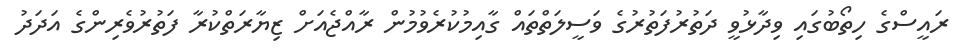
ރައީސްގެ ހިތޯބުގައި ވިދާޅުވީ ދަތުރުފަތުރުގެ ވަސީލަތްތައް ގާއިމުކުރެވުމުން ރާއްޖެއަށް ޒިޔާރަތްކުރާ ފަތުރުވެރިންގެ އަދަދު